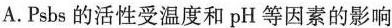
A.Psbs的活性受温度和pH等因素的影响